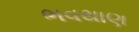
ભવથાણ